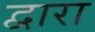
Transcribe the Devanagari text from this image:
द्वारा